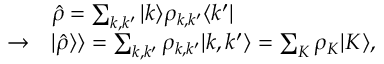
\begin{array} { r l } & { \hat { \rho } = \sum _ { k , k ^ { \prime } } \vert k \rangle \rho _ { k , k ^ { \prime } } \langle k ^ { \prime } \vert } \\ { \rightarrow } & { \vert \hat { \rho } \rangle \rangle = \sum _ { k , k ^ { \prime } } \rho _ { k , k ^ { \prime } } \vert k , k ^ { \prime } \rangle = \sum _ { K } \rho _ { K } \vert K \rangle , } \end{array}